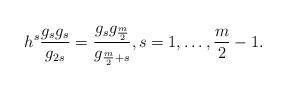
LaTeX: \begin{align*}h^s\frac{g_sg_s}{g_{2s}}=\frac{g_sg_{\frac{m}{2}}}{g_{\frac{m}{2}+s}},s=1,\dots,\frac{m}{2}-1.\end{align*}